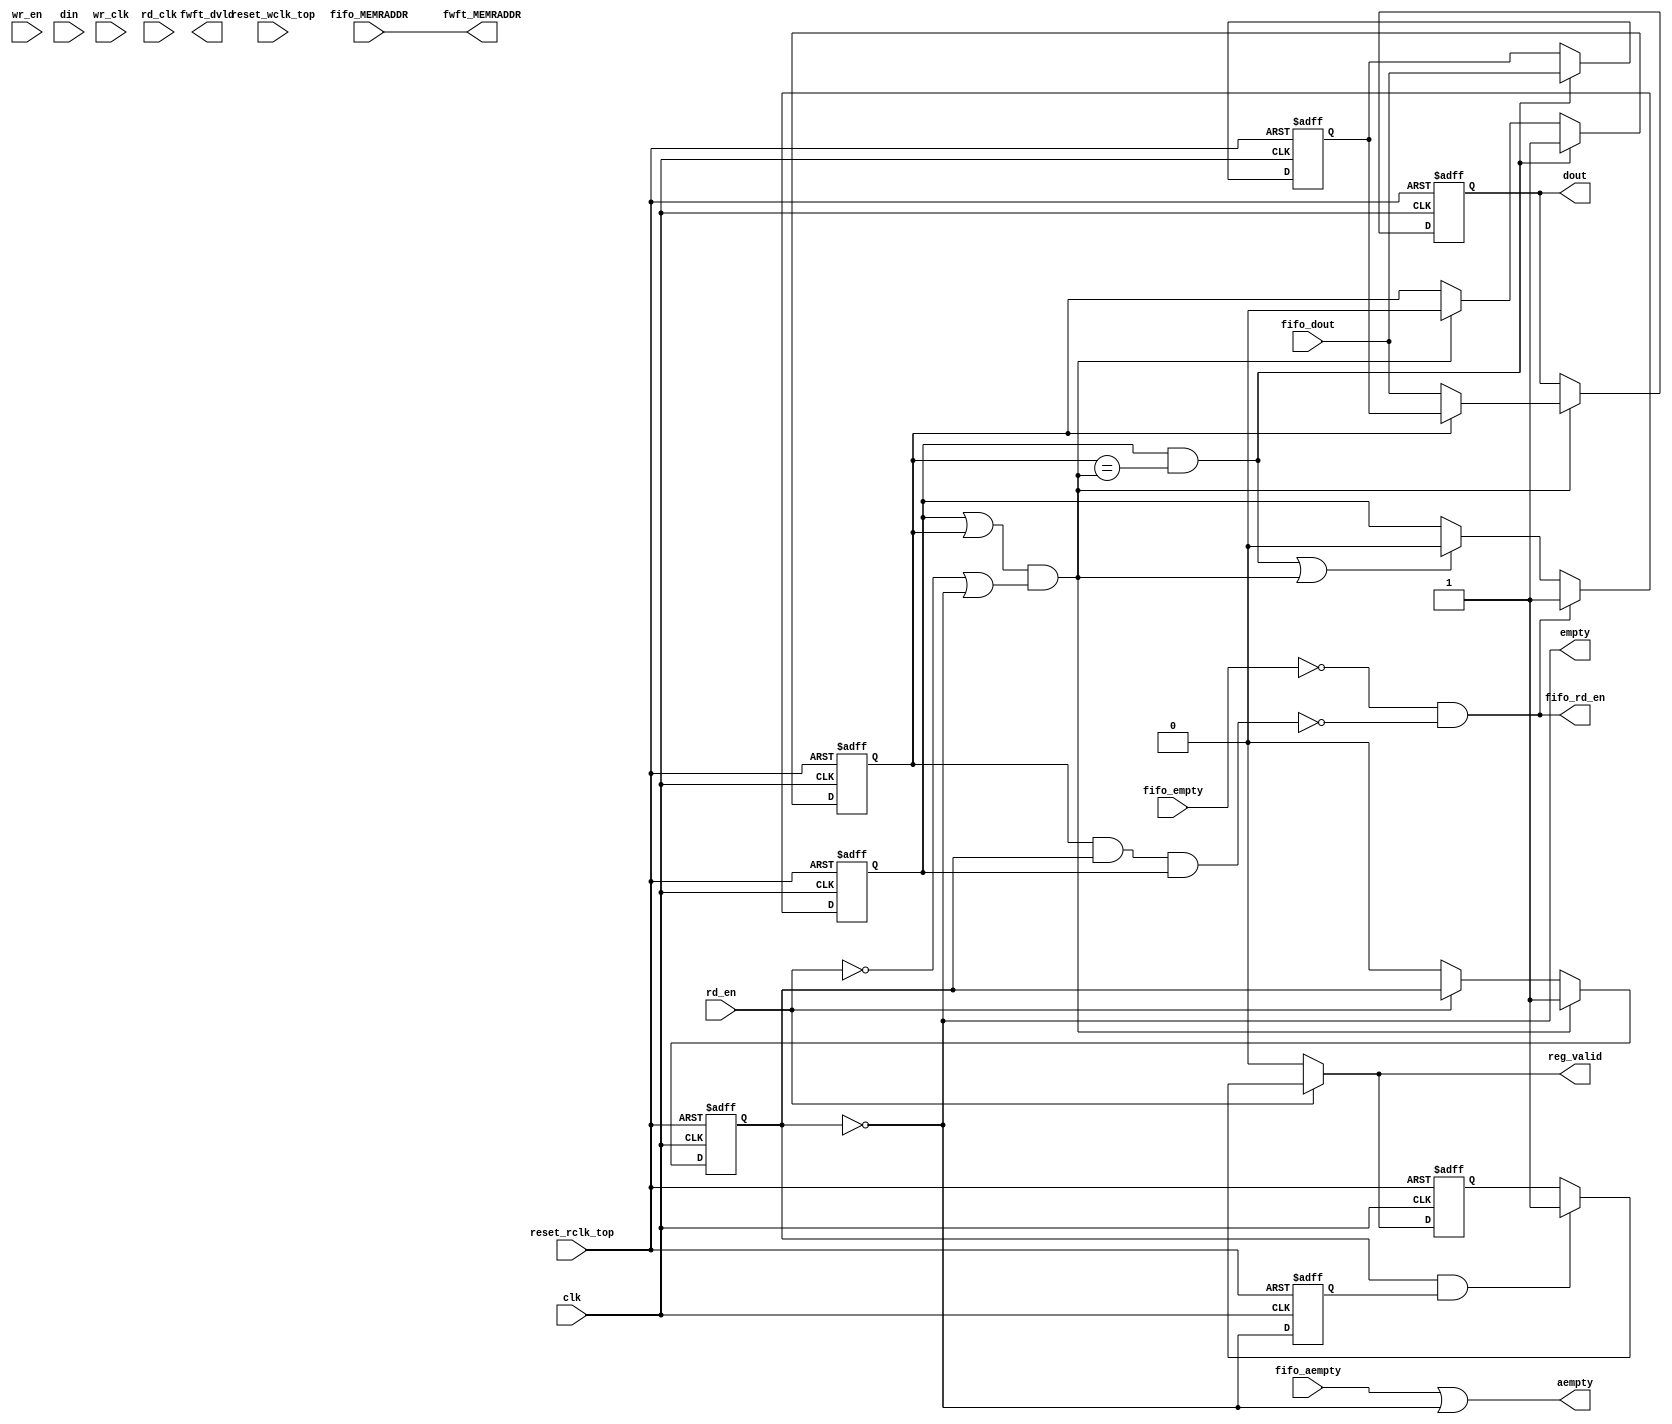
//--=================================================================================================
//-- File Name                           : axi_lbus_corefifo_fwft.v

//-- Targeted device                     : Microsemi-SoC
//-- Author                              : India Solutions Team
//--
//-- COPYRIGHT 2019 BY MICROSEMI
//-- THE INFORMATION CONTAINED IN THIS DOCUMENT IS SUBJECT TO LICENSING RESTRICTIONS FROM MICROSEMI
//-- CORP. IF YOU ARE NOT IN POSSESSION OF WRITTEN AUTHORIZATION FROM MICROSEMI FOR USE OF THIS
//-- FILE, THEN THE FILE SHOULD BE IMMEDIATELY DESTROYED AND NO BACK-UP OF THE FILE SHOULD BE MADE.
//--
//--=================================================================================================

`timescale 1ns / 100ps

module ddr_rw_arbiter_C0_ddr_rw_arbiter_C0_0_corefifo_fwft (
                        wr_clk,
                        rd_clk,
                        clk,
                        reset_rclk_top,
						reset_wclk_top,
                        empty,
                        aempty,
                        rd_en,
                        fifo_rd_en,
                        fifo_empty,
                        fifo_aempty,
                        fifo_dout,
                        wr_en,
                        din,
                        fwft_dvld,
                        reg_valid,
                        dout,
                        fifo_MEMRADDR,
                        fwft_MEMRADDR
                        );

   parameter                RDEPTH          = 10;
   parameter                WWIDTH          = 10;
   parameter                RWIDTH          = 10;
   parameter                WCLK_HIGH       = 1;
   parameter                RCLK_HIGH       = 1;
   parameter                RESET_LOW       = 1;
   parameter                WRITE_LOW       = 1;
   parameter                READ_LOW        = 1;
   parameter                PREFETCH        = 0;
   parameter                FWFT            = 0;
   parameter                SYNC            = 1;

   localparam RDEPTH_CAL      = (RDEPTH == 0) ? RDEPTH  : (RDEPTH-1); 
 
   input                  wr_clk;
   input                  rd_clk;
   input                  clk;
   input                  reset_rclk_top;
   input                  reset_wclk_top;
   input                  wr_en;
   input                  rd_en;
   output                 fifo_rd_en;
   input [RWIDTH-1 : 0]   fifo_dout;
   input                  fifo_empty;
   input                  fifo_aempty;
   input [WWIDTH - 1 : 0] din;
   input [RDEPTH_CAL : 0] fifo_MEMRADDR;

   output                  empty;
   output                  aempty;
   output [RWIDTH-1 : 0]   dout;
   output                  fwft_dvld;
   output                  reg_valid;   
   output [RDEPTH_CAL : 0] fwft_MEMRADDR;
   

   reg                     fifo_valid, dout_valid, middle_valid ;
   reg [RWIDTH - 1 : 0]    middle_dout;
   
   reg [RWIDTH - 1 : 0]    dout;
   
   wire [RWIDTH - 1 : 0]   fifo_dout;
   wire                    fifo_rd_en, fifo_empty;
   wire                    update_dout, update_middle;
   
   wire [RDEPTH_CAL : 0]   fwft_MEMRADDR;
   
   reg                     fifo_empty_r;
   wire                    fwft_dvld;  
   reg                     wr_p_r;
   reg                     reg_valid;
   wire                    we_p;
   reg                     we_p_r;
   wire                    re_p;
   reg                     re_p_d;
   wire                    aresetn;
   wire                    pos_rclk;
   wire                    pos_wclk;   

   reg                     empty_r;
   reg                     reg_valid_r;
   wire                    empty1;
   wire                    empty;
   reg                     update_dout_r;

   wire                    fifo_empty_pulse;
   reg                     fifo_empty_pulse_d;
   wire                    fifo_init_pulse;
   
   wire reset_wclk;
   wire reset_rclk;

   generate
      if(SYNC == 1) begin
         assign pos_rclk  = RCLK_HIGH ? clk  : ~clk;
         assign pos_wclk  = WCLK_HIGH ? clk  : ~clk;
      end
   endgenerate

   generate
      if(SYNC == 0) begin
         assign pos_rclk  = RCLK_HIGH ? rd_clk  : ~rd_clk;
         assign pos_wclk  = WCLK_HIGH ? wr_clk  : ~wr_clk;
      end
   endgenerate

   assign we_p  = WRITE_LOW ? (~wr_en) : (wr_en);
   assign re_p  = READ_LOW  ? (~rd_en) : (rd_en); 

   assign fwft_MEMRADDR = fifo_MEMRADDR ;
   
   assign update_middle = fifo_valid & (middle_valid == update_dout);
   assign update_dout   = (fifo_valid || middle_valid) && (re_p || !dout_valid);

   assign fifo_rd_en = !(fifo_empty) && !(middle_valid && dout_valid && fifo_valid); 

   assign empty   = !dout_valid ;

   assign aempty  = fifo_aempty | empty;  
   
    
  

		 


   assign reset_rclk  = reset_rclk_top;
   assign reset_wclk  = reset_wclk_top;

   always @(posedge pos_rclk or negedge reset_rclk) begin
      if(!reset_rclk) begin
         fifo_empty_r   <= 1'b0;
         update_dout_r   <= 'h0;
      end
      else begin
         fifo_empty_r   <= fifo_empty;
         update_dout_r   <= update_dout;
      end
   end
 
   assign fifo_empty_pulse = fifo_empty_r & !fifo_empty;

   assign fifo_init_pulse = !fifo_empty_pulse_d & fifo_empty_pulse;

    always @(posedge pos_rclk or negedge reset_rclk) begin
      if(!reset_rclk) begin
         re_p_d   <= 1'b0;
      end else begin
         re_p_d   <= re_p;
      end
    end

   always @(posedge pos_rclk or negedge reset_rclk) begin
      if(!reset_rclk) begin
         fifo_empty_pulse_d   <= 1'b0;
      end
      else begin
          if (fifo_empty_pulse == 1'b1) begin
              fifo_empty_pulse_d   <= 1'b1;
          end else if (fifo_empty == 1'b0 && fifo_empty_r == 1'b0) begin
              fifo_empty_pulse_d   <= 1'b0;
          end else begin
              fifo_empty_pulse_d   <= fifo_empty_pulse_d;
          end
      end
   end

   always @(posedge pos_rclk or negedge reset_rclk) begin
      if(!reset_rclk) begin
         fifo_valid   <= 1'b0;
         middle_valid <= 1'b0;
         dout_valid   <= 1'b0;
         dout         <= 'h0;
         middle_dout  <= 'h0;
      end
      else begin
         if(update_middle) begin
            middle_dout  <= fifo_dout;
         end
         if(update_dout) begin
            dout  <= middle_valid ? middle_dout : fifo_dout;  
         end
         
         if(fifo_rd_en) begin
            fifo_valid  <= 1'b1;
         end
         else if(update_middle || update_dout) begin
            fifo_valid  <= 1'b0;
         end
         
         if(update_middle) begin
            middle_valid  <= 1'b1;
         end
         else if(update_dout) begin
            middle_valid  <= 1'b0;
         end
 
         if(update_dout) begin
            dout_valid  <= 1'b1;
         end
         else if(re_p) begin
            dout_valid  <= 1'b0;
         end
 
      end
   end      

   generate
      if(FWFT == 1) begin
           assign  fwft_dvld = dout_valid;              
      end
   endgenerate

   generate
      if(PREFETCH == 1) begin
         assign  fwft_dvld = (re_p) & dout_valid;
      end
   endgenerate
            
   always @(*) begin
      if(re_p == 1'b1) begin 
         reg_valid  = 1'b0;
      end
      else if(empty == 1'b0 && empty_r == 1'b1) begin
         reg_valid  = 1'b1;
      end
      else begin
         reg_valid  = reg_valid_r;
      end
   end      
   
   always @(posedge pos_rclk or negedge reset_rclk) begin
      if(!reset_rclk) begin
         empty_r   <= 1'b0;         
         reg_valid_r   <= 1'b0;         
      end
      else begin
         empty_r   <= empty;         
         reg_valid_r   <= reg_valid;         
      end
   end

   always @(posedge pos_wclk or negedge reset_wclk) begin
      if(!reset_wclk) begin
         we_p_r   <= 1'b0;         
      end
      else begin
         we_p_r   <= we_p;         
      end
   end

endmodule